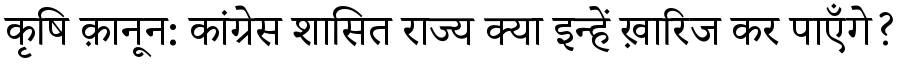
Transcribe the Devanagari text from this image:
कृषि क़ानून: कांग्रेस शासित राज्य क्या इन्हें ख़ारिज कर पाएँगे?